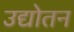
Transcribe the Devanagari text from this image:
उद्योतन